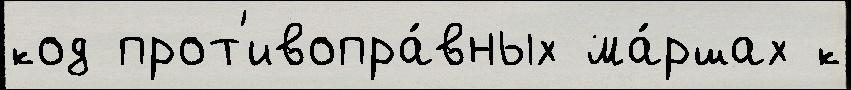
код прот'ивопра́вных ма́ршах к